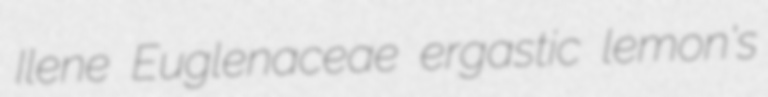
Ilene Euglenaceae ergastic lemon's